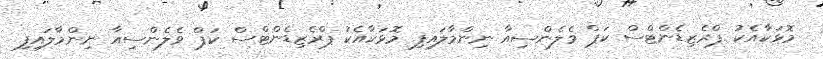
މޮޅަކާއެކު ޕްރެޒިޑެންޓްސް ކަޕް ވެލެންސިއާ ނިންމާލައިފި މޮޅަކާއެކު ޕްރެޒިޑެންޓްސް ކަޕް ވެލެންސިއާ ނިންމާލައިފި